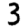
Digit: 3